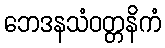
ဘေဒနသံဝတ္တနိကံ